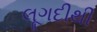
લૂગદીથી